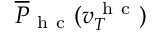
\overline { { P } } _ { \mathrm { ~ h ~ c ~ } } ( v _ { T } ^ { \mathrm { ~ h ~ c ~ } } )